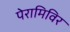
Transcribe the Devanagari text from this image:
पेरामिविर